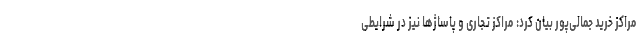
مراکز خرید جمالی‌پور بیان کرد: مراکز تجاری و پاساژها نیز در شرایطی